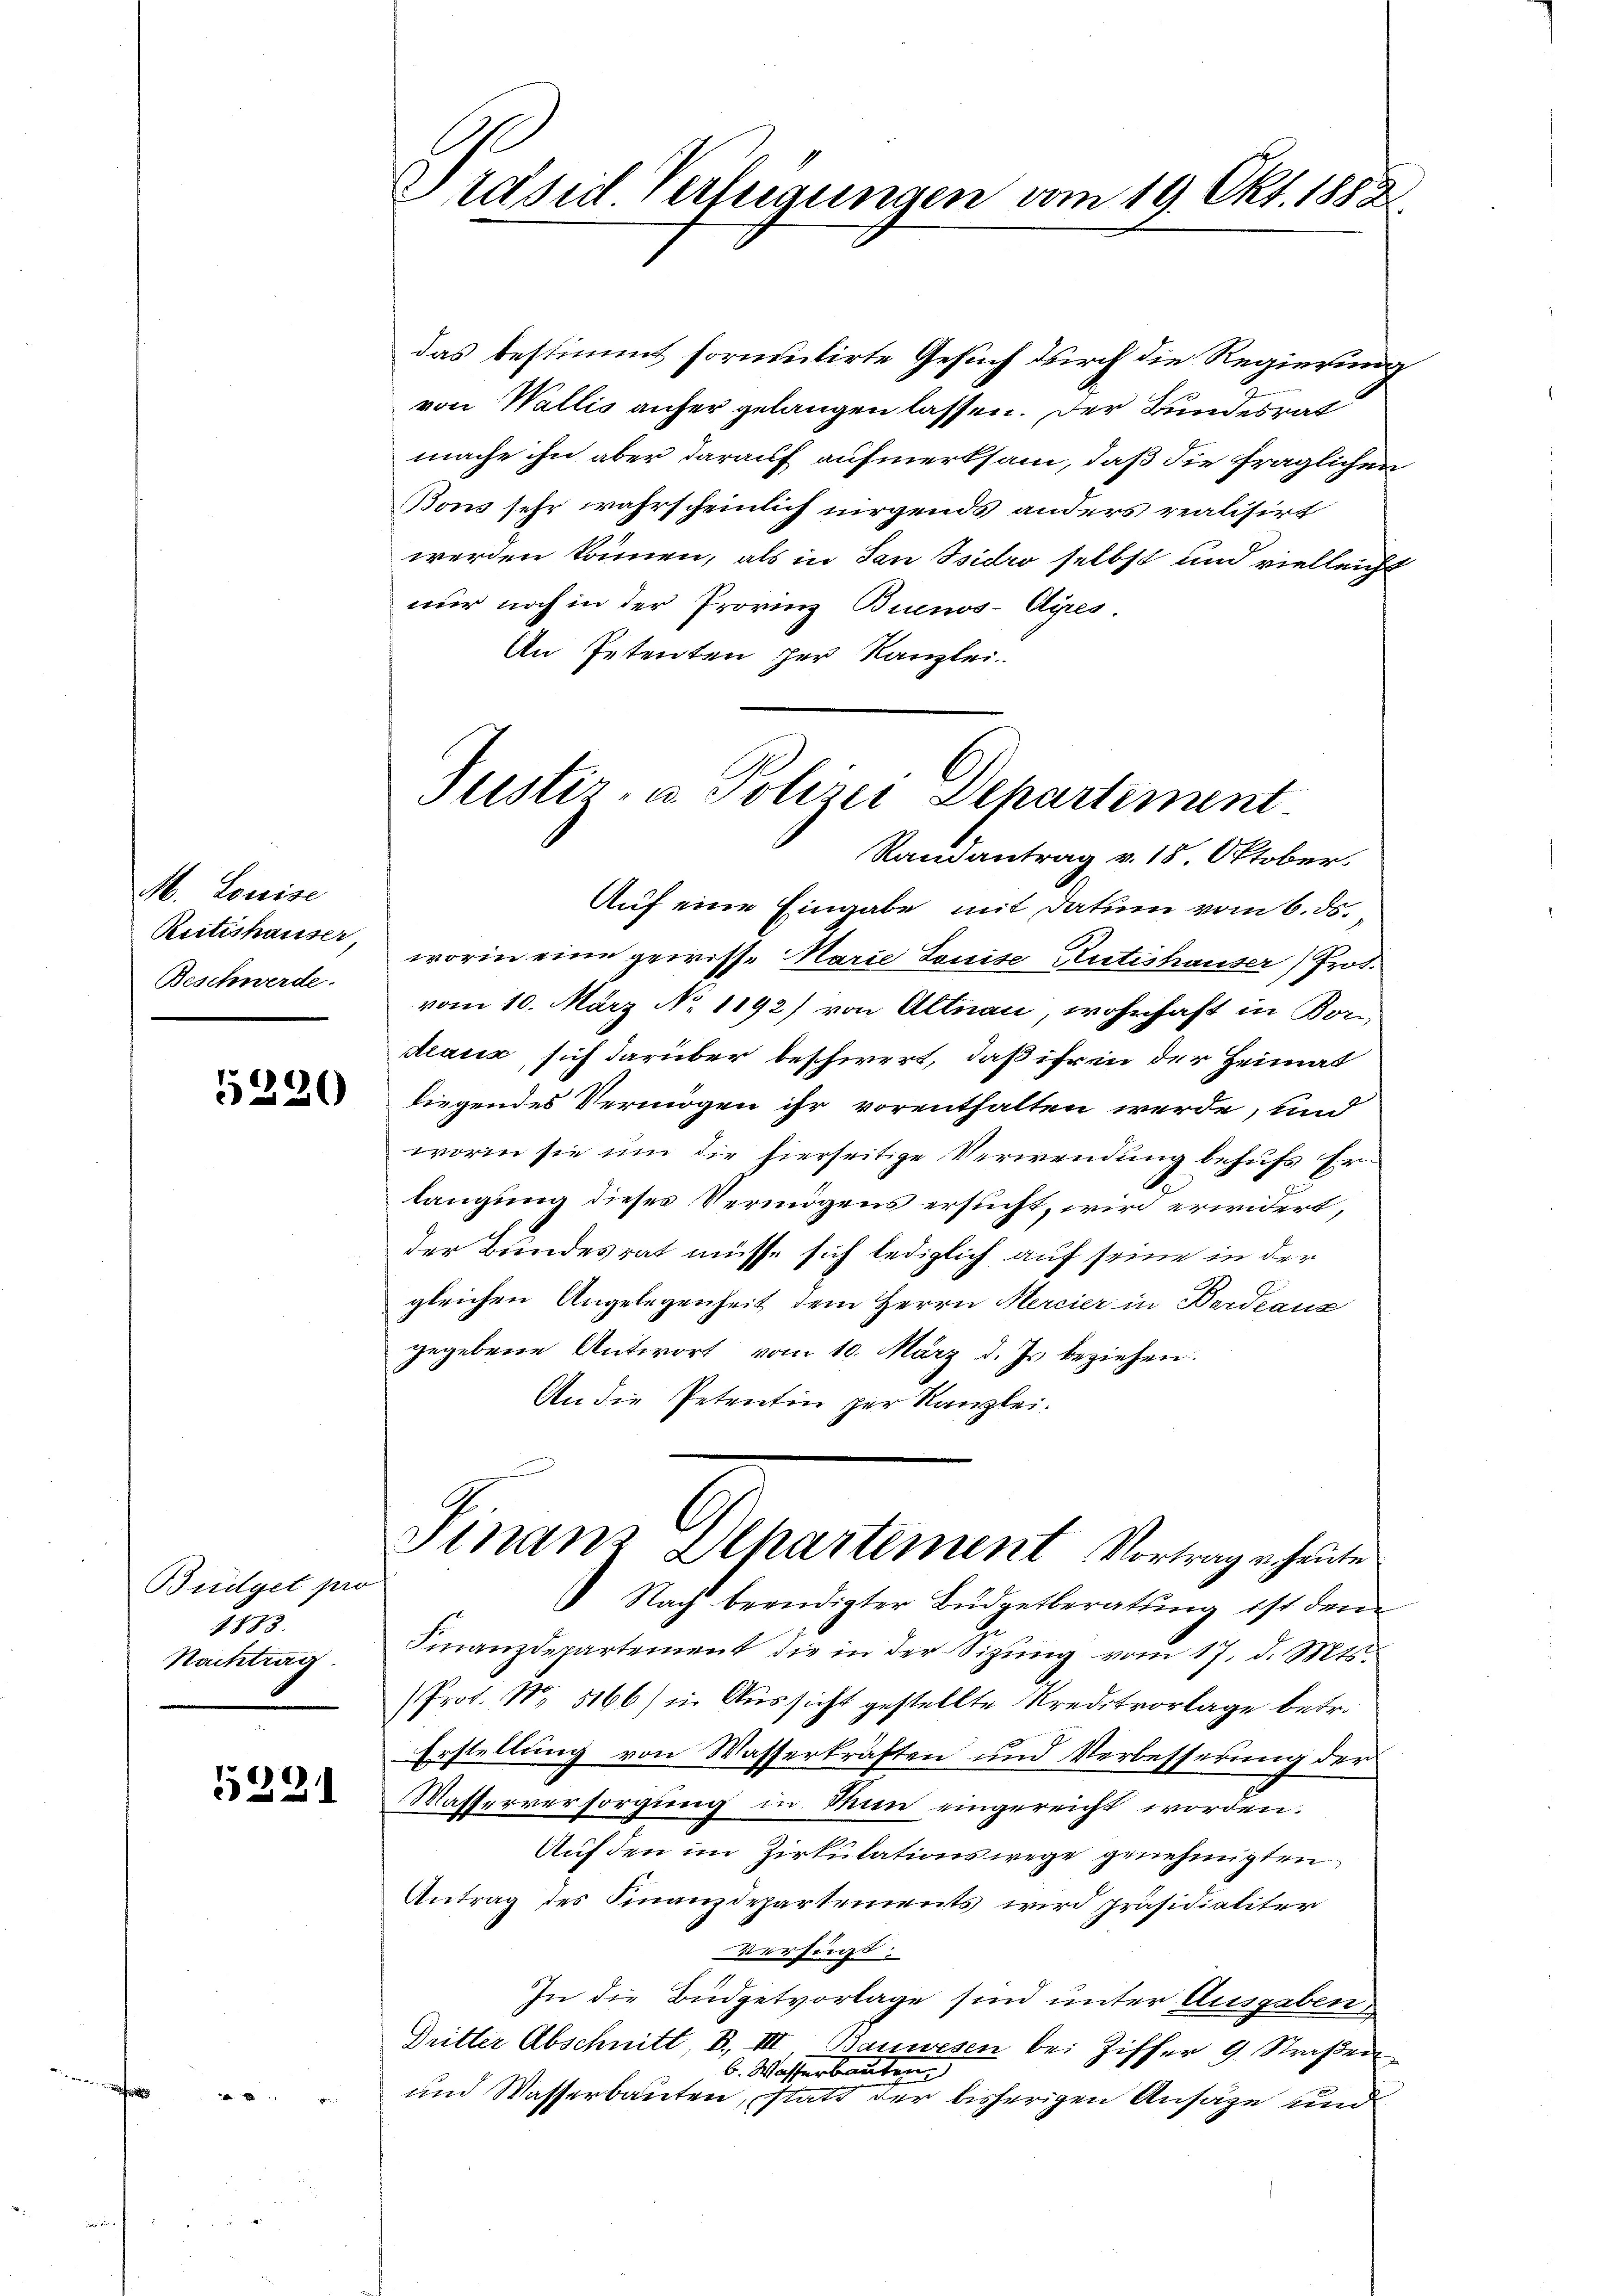
M. Louise
Retishauser
Beschwerde.

5220

Büdget pro
1883.
Nachtrag

5221

Präsid Verfeigungen vom 19. Okt. 1882.

das bestimmt formutirte Gesuch durch die Regierung
von Wallis anfer gelangen lassen. Der Bundesrat
mache ihn aber darauf aufmerksam, daß die fraglichen
Bons sehr wahrscheinlich nirgends anders realisirt
werden können, als in San Ssidro selbst und vielleicht
nur noch in der Provinz Buenos-Ayres
An Petenten her Kanzlei.

Justiz- u. Polizei Departiment
Randantrag v. 18. Oktober.

Auf eine Eingabe, mit Datum vom 6. ds.
worin eine gewisse Marie Louise Guteshauser) Prot.
vom 10. März No. 1192) von Altnau, wohnhaft in Kon
deaus, sich darüber beschwert, daß ihr in der Heimat
liegendes Vermögen ihr vorenthalten werde, und
worin sie um die hierseitige Verwendung behufs Erlangung dieses Vermögens ersucht, wird erwidert,
der Bundesrat müsse sich lediglich auf seine in der
gleichen Angelegenheit dem Herrn Hercier in Bordeaus
gegebene Antwort vom 10. März d. Js. beziehen:
An die Petentin zur Kanzlei.
Finanz Dehartement Vortrag u. heute
 Nach beendigter Budgetberatung ist den
Finanzdepartement die in der Sitzŭng vom 17. d. Mts.
Prof. No. 5166) in Aussicht gestellte Kreditvorlage betr.
Erstellung von Wasserkräften und Verbesserung der
Wasserversorgung in Man eingereicht worden.
Auf den im Zirkulationswege genehmigten
Antrag des Finanzdepartements wird präsidialiter
verfind
In die Büdgetvorlage sind unter Ausgaben
Dritter Abschnitt, B., III. Bauwesen bei Ziffer 9 Straβen
b. Wasserbauten
und Wasserbauten, statt der bisherigen Ansäge und